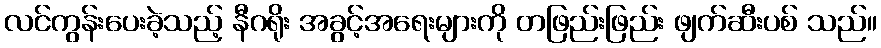
လင်ကွန်းပေးခဲ့သည့် နီဂရိုး အခွင့်အရေးများကို တဖြည်းဖြည်း ဖျက်ဆီးပစ် သည်။